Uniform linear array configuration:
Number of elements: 4
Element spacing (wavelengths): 0.5
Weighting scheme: kaiser
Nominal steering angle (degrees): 45
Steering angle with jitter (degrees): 46.601
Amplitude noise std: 0.05
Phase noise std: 0.05

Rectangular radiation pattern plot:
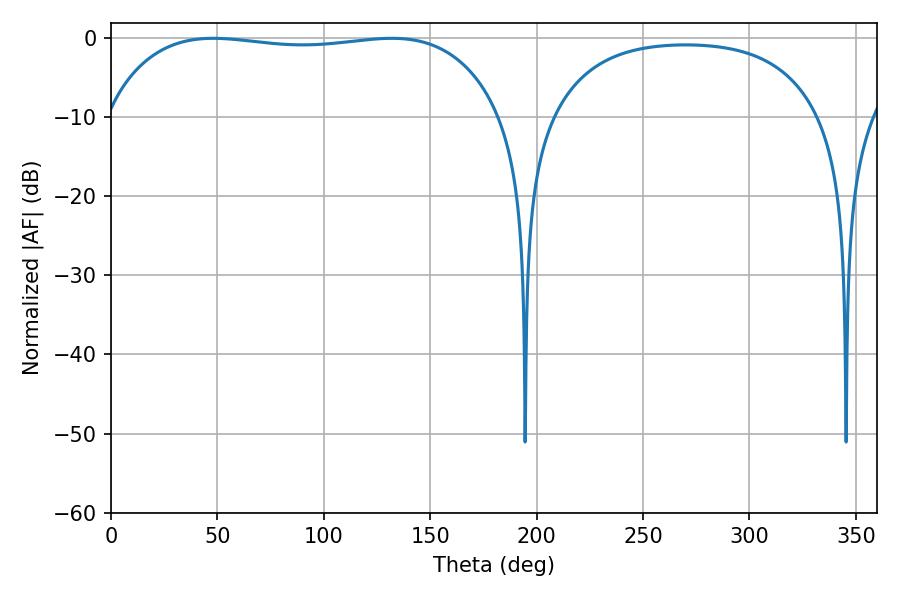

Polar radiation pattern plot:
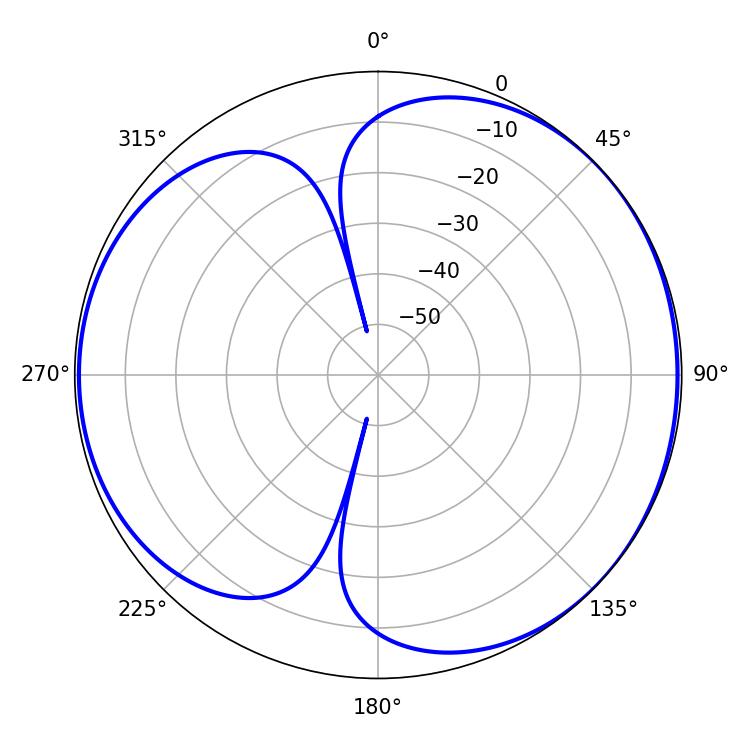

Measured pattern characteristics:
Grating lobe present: FALSE
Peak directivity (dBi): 4.764
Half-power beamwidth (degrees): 148.32
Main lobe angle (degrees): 48.06